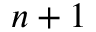
n + 1